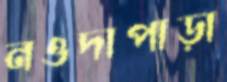
নওদাপাড়া